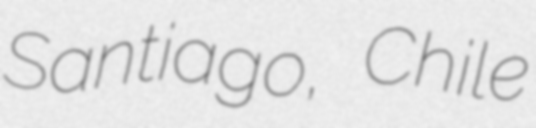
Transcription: Santiago, Chile